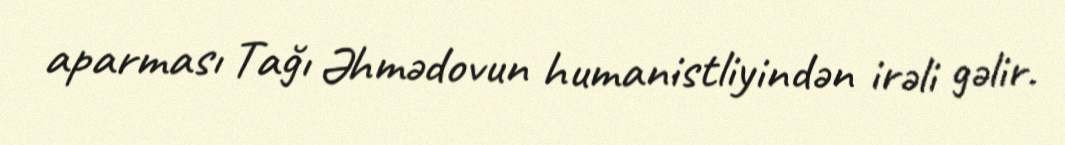
aparması Tağı Əhmədovun humanistliyindən irəli gəlir.